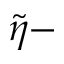
\tilde { \eta } -